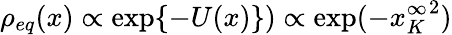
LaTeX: \rho_{eq}(x)\propto\exp\{ -U(x)\} )\propto\exp(-{x_{K}^{\infty}}^{2})